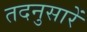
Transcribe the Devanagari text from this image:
तदनुसारें